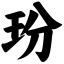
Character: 玢